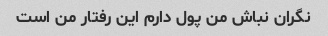
نگران نباش من پول دارم این رفتار من است